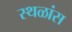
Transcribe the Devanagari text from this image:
स्थळांस